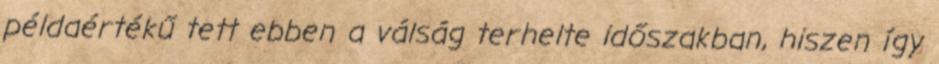
példaértékű tett ebben a válság terhelte időszakban, hiszen így